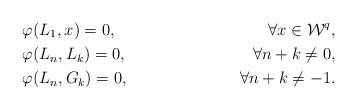
LaTeX: \begin{align*}&\varphi(L_1,x)=0,& \forall x\in \mathcal{W}^{q},\\&\varphi(L_{n} ,L_k)=0,& \forall n+k\neq 0,\\&\varphi(L_{n} ,G_k)=0,&\forall n+k\neq-1.\end{align*}